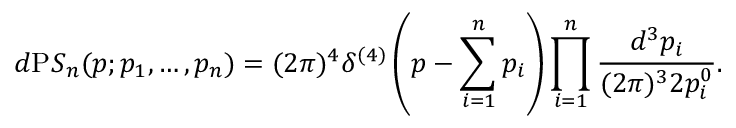
d { \mathrm P S } _ { n } ( p ; p _ { 1 } , \ldots , p _ { n } ) = ( 2 \pi ) ^ { 4 } \delta ^ { ( 4 ) } \left( p - \sum _ { i = 1 } ^ { n } p _ { i } \right) \prod _ { i = 1 } ^ { n } \frac { d ^ { 3 } p _ { i } } { ( 2 \pi ) ^ { 3 } 2 p _ { i } ^ { 0 } } .